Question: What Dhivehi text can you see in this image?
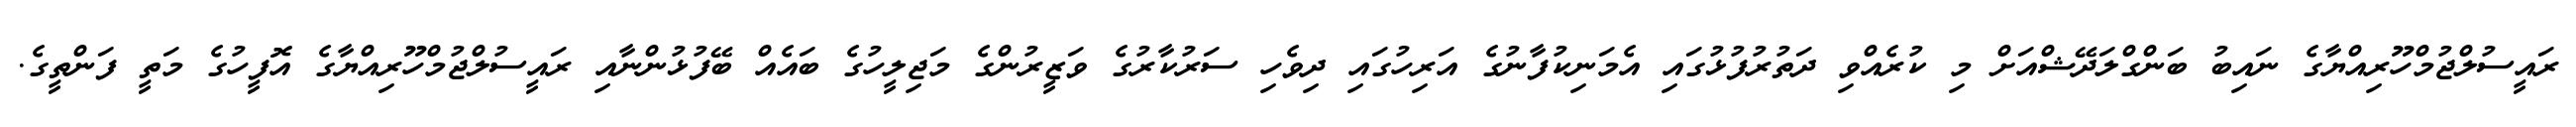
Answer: ރައީސުލްޖުމްހޫރިއްޔާގެ ނައިބު ބަންގްލަދޭޝްއަށް މި ކުރެއްވި ދަތުރުފުޅުގައި އެމަނިކުފާނުގެ އަރިހުގައި ދިވެހި ސަރުކާރުގެ ވަޒީރުންގެ މަޖިލީހުގެ ބައެއް ބޭފުޅުންނާއި ރައީސުލްޖުމްހޫރިއްޔާގެ އޮފީހުގެ މަތީ ފަންތީގެ.